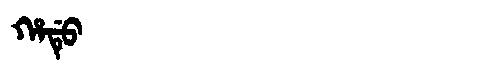
Manchu: ᡥᠠᡩᡠ
Romanization: HADU